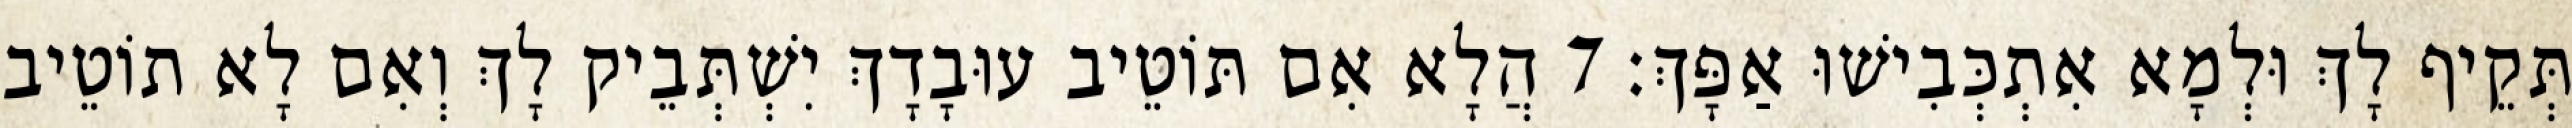
תְּקֵיף לָךְ וּלְמָא אִתְכְּבִישׁוּ אַפָּךְ׃ 7 הֲלָא אִם תּוֹטֵיב עוּבָדָךְ יִשְׁתְּבֵיק לָךְ וְאִם לָא תוֹטֵיב